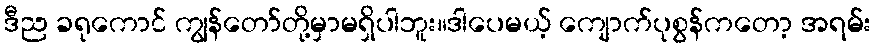
ဒီည ခရုကောင် ကျွန်တော်တို့မှာမရှိပါဘူး။ဒါပေမယ့် ကျောက်ပုစွန်ကတော့ အရမ်း